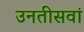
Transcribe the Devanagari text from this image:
उनतीसवां